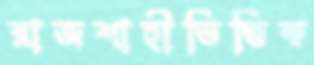
রাজশাহীভিত্তিক